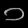
Digit: ၁